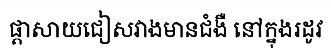
ផ្តាសាយជៀសវាងមានជំងឺ នៅក្នុងរដូវ